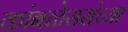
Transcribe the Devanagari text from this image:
कांबळेसरांच्या